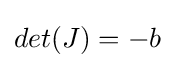
det(J)=-b